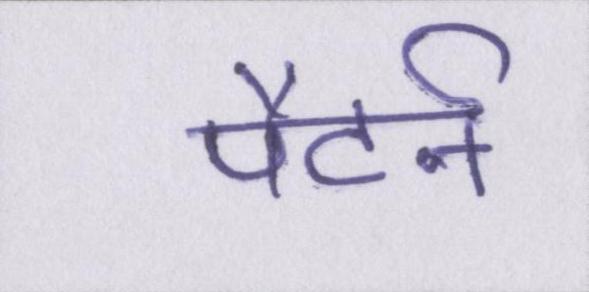
पैटर्न